Vaccination returns of the Province of Eastern Bengal and Assam - 1905-1912
Year: 1905
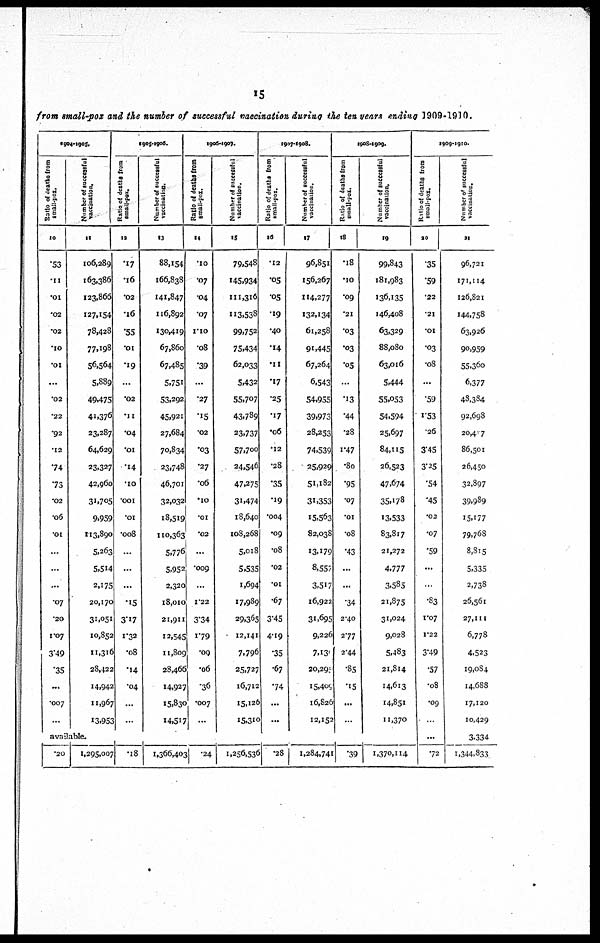
15
from small-pox and the number of successful vaccination during the ten years ending 1909-1910.
1904-1905.
Ratio of deaths from
small-pox.
10
.53
.11
.01
.02
.02
.10
.01
...
.02
.22
.92
.12
74
73
.02
.06
.01
...
...
...
.07
.20
1.07
3.49
.35
...
.007
...
Number of successful
vaccination.
11
106,289
163,386
123,866
127,154
78,428
77,198
56,564
5,889
49,475
41,376
23,287
64,629
23,327
42,960
31,705
9,959
113,890
5,263
5,514
2,175
20,170
31,051
10,852
11,316
28,422
14,942
11,967
13,953
1905-1906.
Ratio of deaths from
small-pox.
12
.17
.16
.02
.16
.55
.01
.19
...
.02
.11
.04
.01
.14
.10
.001
.01
.008
...
...
...
.15
3.17
1.32
.08
.14
.04
...
Number of successful
vaccination.
13
88,154
166,838
141,847
116,892
130,419
67,860
67,485
5,751
53,292
45,921
27,684
70,834
23,748
46,701
32,032
18,519
110,363
5,776
5,952
2,320
18,010
21,911
12,545
11,809
28,466
14,927
15,830
14,517
1906-1909.
Ratio of deaths from
small-pox.
14
.10
.07
.04
.07
1.10
.08
.39
...
.27
.15
.02
.03
.27
.06
.10
.01
.02
...
.009
...
1.22
3.34
1.79
.09
.06
.36
.007
...
Number of successful
vaccination.
15
79,548
145,934
111,316
113,538
99.752
75,434
62,033
5,432
55,707
43,789
23,737
57,700
24,546
47,275
31,474
18,640
108,268
5,018
5,535
1,694
17,989
29.365
12,141
7.796
25,727
16,712
15,126
15,310
1907-1908.
Ratio of deaths from
small-pox.
16
.12
.05
.05
.19
.40
.14
.11
.17
.25
.17
.06
.12
.28
.35
.19
.004
.09
.08
.02
.01
.67
3.45
4.19
.35
.67
74
...
...
Number of successful
vaccination.
17
96,851
156,267
114,277
132,134
61,258
91,445
67,264
6,543
54,955
39,973
28,253
74,539
25,929
51,182
31,353
15,563
82,038
13,179
8,557
3,517
16,922
31,695
9,226
7,132
20,295
15,409
16,826
12,152
1908-1909.
Ratio of deaths from
small-pox.
18
.18
.10
.09
.21
.03
.03
.05
...
.13
.44
.28
1.47
.80
.95
.07
.01
.08
.43
...
.34
2.40
277
2.44
.85
.15
...
...
Number of successful
vaccination.
19
99.843
181,983
136,135
146,408
63,329
88,080
63,016
5,444
55,053
54,594
25,697
84,115
26,523
47,674
35,178
13,533
83,817
21,272
4.777
3,585
21,875
31,024
9,028
5,483
21,814
14,613
14,851
11,370
available.
.20
1,295,007
.18
1,366,403 1.24
1,256,536
.28
1,284,741
.39
1,370,114
1909-1910.
Ratio of deaths from
small-pox.
20
.35
.59
.22
.21
.01
.03
.08
...
.59
1.53
.26
3.45
3.25
.54
.45
.02
.07
.59
...
...
.83
1.07
1.22
3.49
.57
.08
.09
...
...
.72
Number of successful
vaccination.
21
96,721
171,114
126,821
144,758
63,926
90,959
55,360
6,377
48,384
92,698
20,407
86,501
26,450
32,897
39,989
15,177
79,768
8,815
5,335
2,738
26,561
27,111
6,778
4,523
19,084
14,688
17,120
10,429
3.334
1,344,833